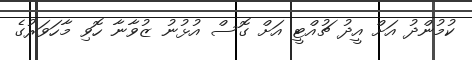
ކުމުންދު އަށް އީދު ޗުއްޓީ އަށް ގޮސް އުޅުނު ޒުވާނާ ހޮވި މާހަވަރުގެ